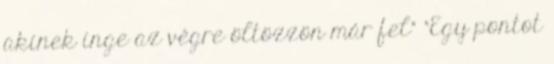
akinek inge az végre öltözzön már fel” “Egy pontot